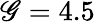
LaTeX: \mathscr{G}=4.5